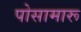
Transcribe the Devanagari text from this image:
पोसामारू